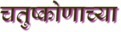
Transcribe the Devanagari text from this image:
चतुष्कोणाच्या